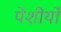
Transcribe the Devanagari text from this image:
पेशीयोँ